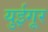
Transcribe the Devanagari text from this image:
युईगूर